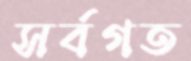
সর্বগত